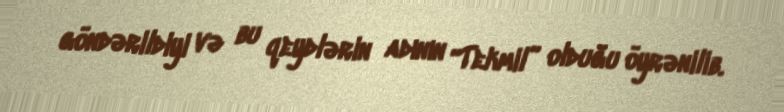
göndərildiyi və bu qeydlərin adının “Tekmil” olduğu öyrənilib.